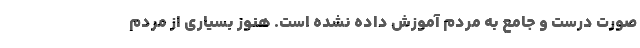
صورت درست و جامع به مردم آموزش داده نشده است. هنوز بسیاری از مردم